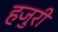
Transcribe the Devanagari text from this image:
हजुरी